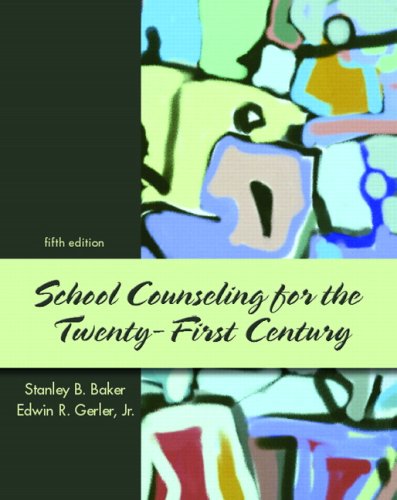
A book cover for School Counseling for the 21st Century (5th Edition); Stanley B. Baker; Business & Money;